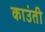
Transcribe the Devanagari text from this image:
काउंती